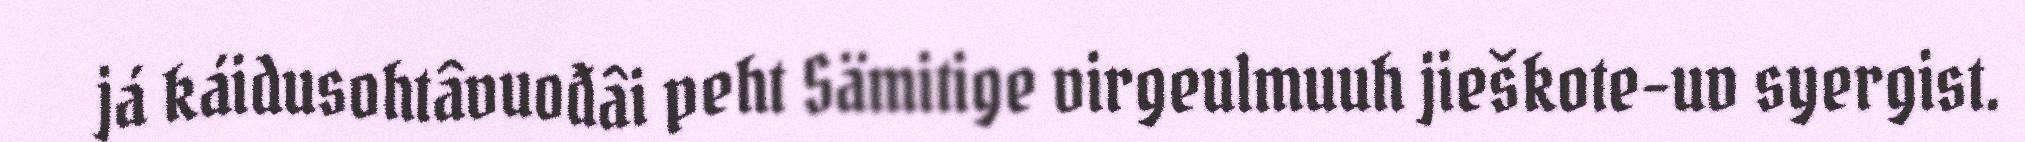
já káidusohtâvuođâi peht Sämitige virgeulmuuh jieškote-uv syergist.